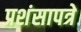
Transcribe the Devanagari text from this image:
प्रशंसापत्रे